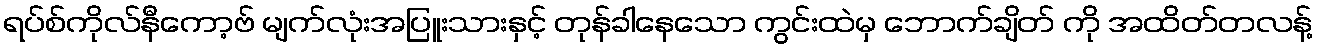
ရပ်စ်ကိုလ်နီကော့ဗ် မျက်လုံးအပြူးသားနှင့် တုန်ခါနေသော ကွင်းထဲမှ ဘောက်ချိတ် ကို အထိတ်တလန့်